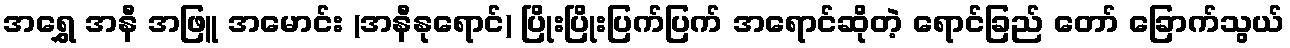
အရွှေ အနီ အဖြူ အမောင်း (အနီနုရောင်) ပြိုးပြိုးပြက်ပြက် အရောင်ဆိုတဲ့ ရောင်ခြည် တော် ခြောက်သွယ်